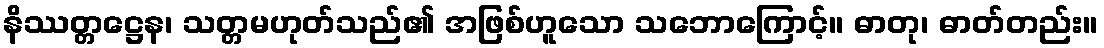
နိဿတ္တဋ္ဌေန၊ သတ္တမဟုတ်သည်၏ အဖြစ်ဟူသော သဘောကြောင့်။ ဓာတု၊ ဓာတ်တည်း။